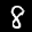
Label: 8